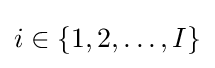
i\in \{1,2,\ldots ,I\}